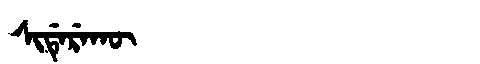
Manchu: ᠰᡳᡩᡝᡵᡝᡴᡡ
Romanization: SIDEREKŪ